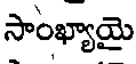
సాంఖ్యాయై